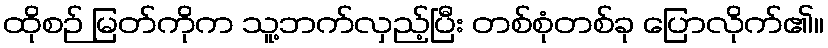
ထိုစဉ် မြတ်ကိုက သူ့ဘက်လှည့်ပြီး တစ်စုံတစ်ခု ပြောလိုက်၏။